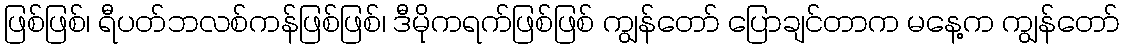
ဖြစ်ဖြစ်၊ ရီပတ်ဘလစ်ကန်ဖြစ်ဖြစ်၊ ဒီမိုကရက်ဖြစ်ဖြစ် ကျွန်တော် ပြောချင်တာက မနေ့က ကျွန်တော်